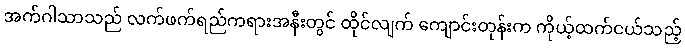
အက်ဂါသာသည် လက်ဖက်ရည်ကရားအနီးတွင် ထိုင်လျက် ကျောင်းတုန်းက ကိုယ့်ထက်ငယ်သည့်